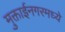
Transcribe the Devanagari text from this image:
मुक्ताईनगरमध्ये